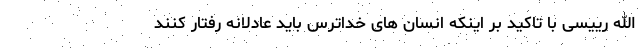
الله رییسی با تاکید بر اینکه انسان های خداترس باید عادلانه رفتار کنند